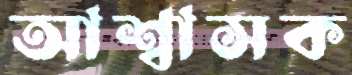
আশ্বাসক